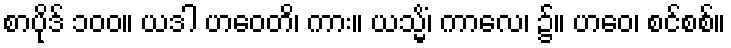
စာပိုဒ် ၁၀၀။ ယဒါ ဟဝေတိ၊ ကား။ ယသ္မိံ၊ ကာလေ၊ ၌။ ဟဝေ၊ စင်စစ်။